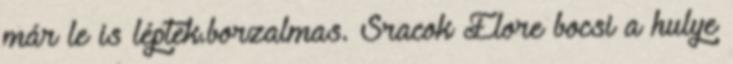
már le is léptek.borzalmas. Sracok Elore bocsi a hulye